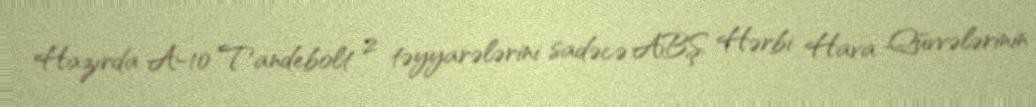
Hazırda A-10 Tandebolt 2 təyyarələrini sadəcə ABŞ Hərbi Hava Qüvvələrinin